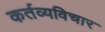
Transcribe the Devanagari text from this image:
कर्तव्यविचार